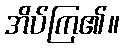
အိပ်ကြ၏။